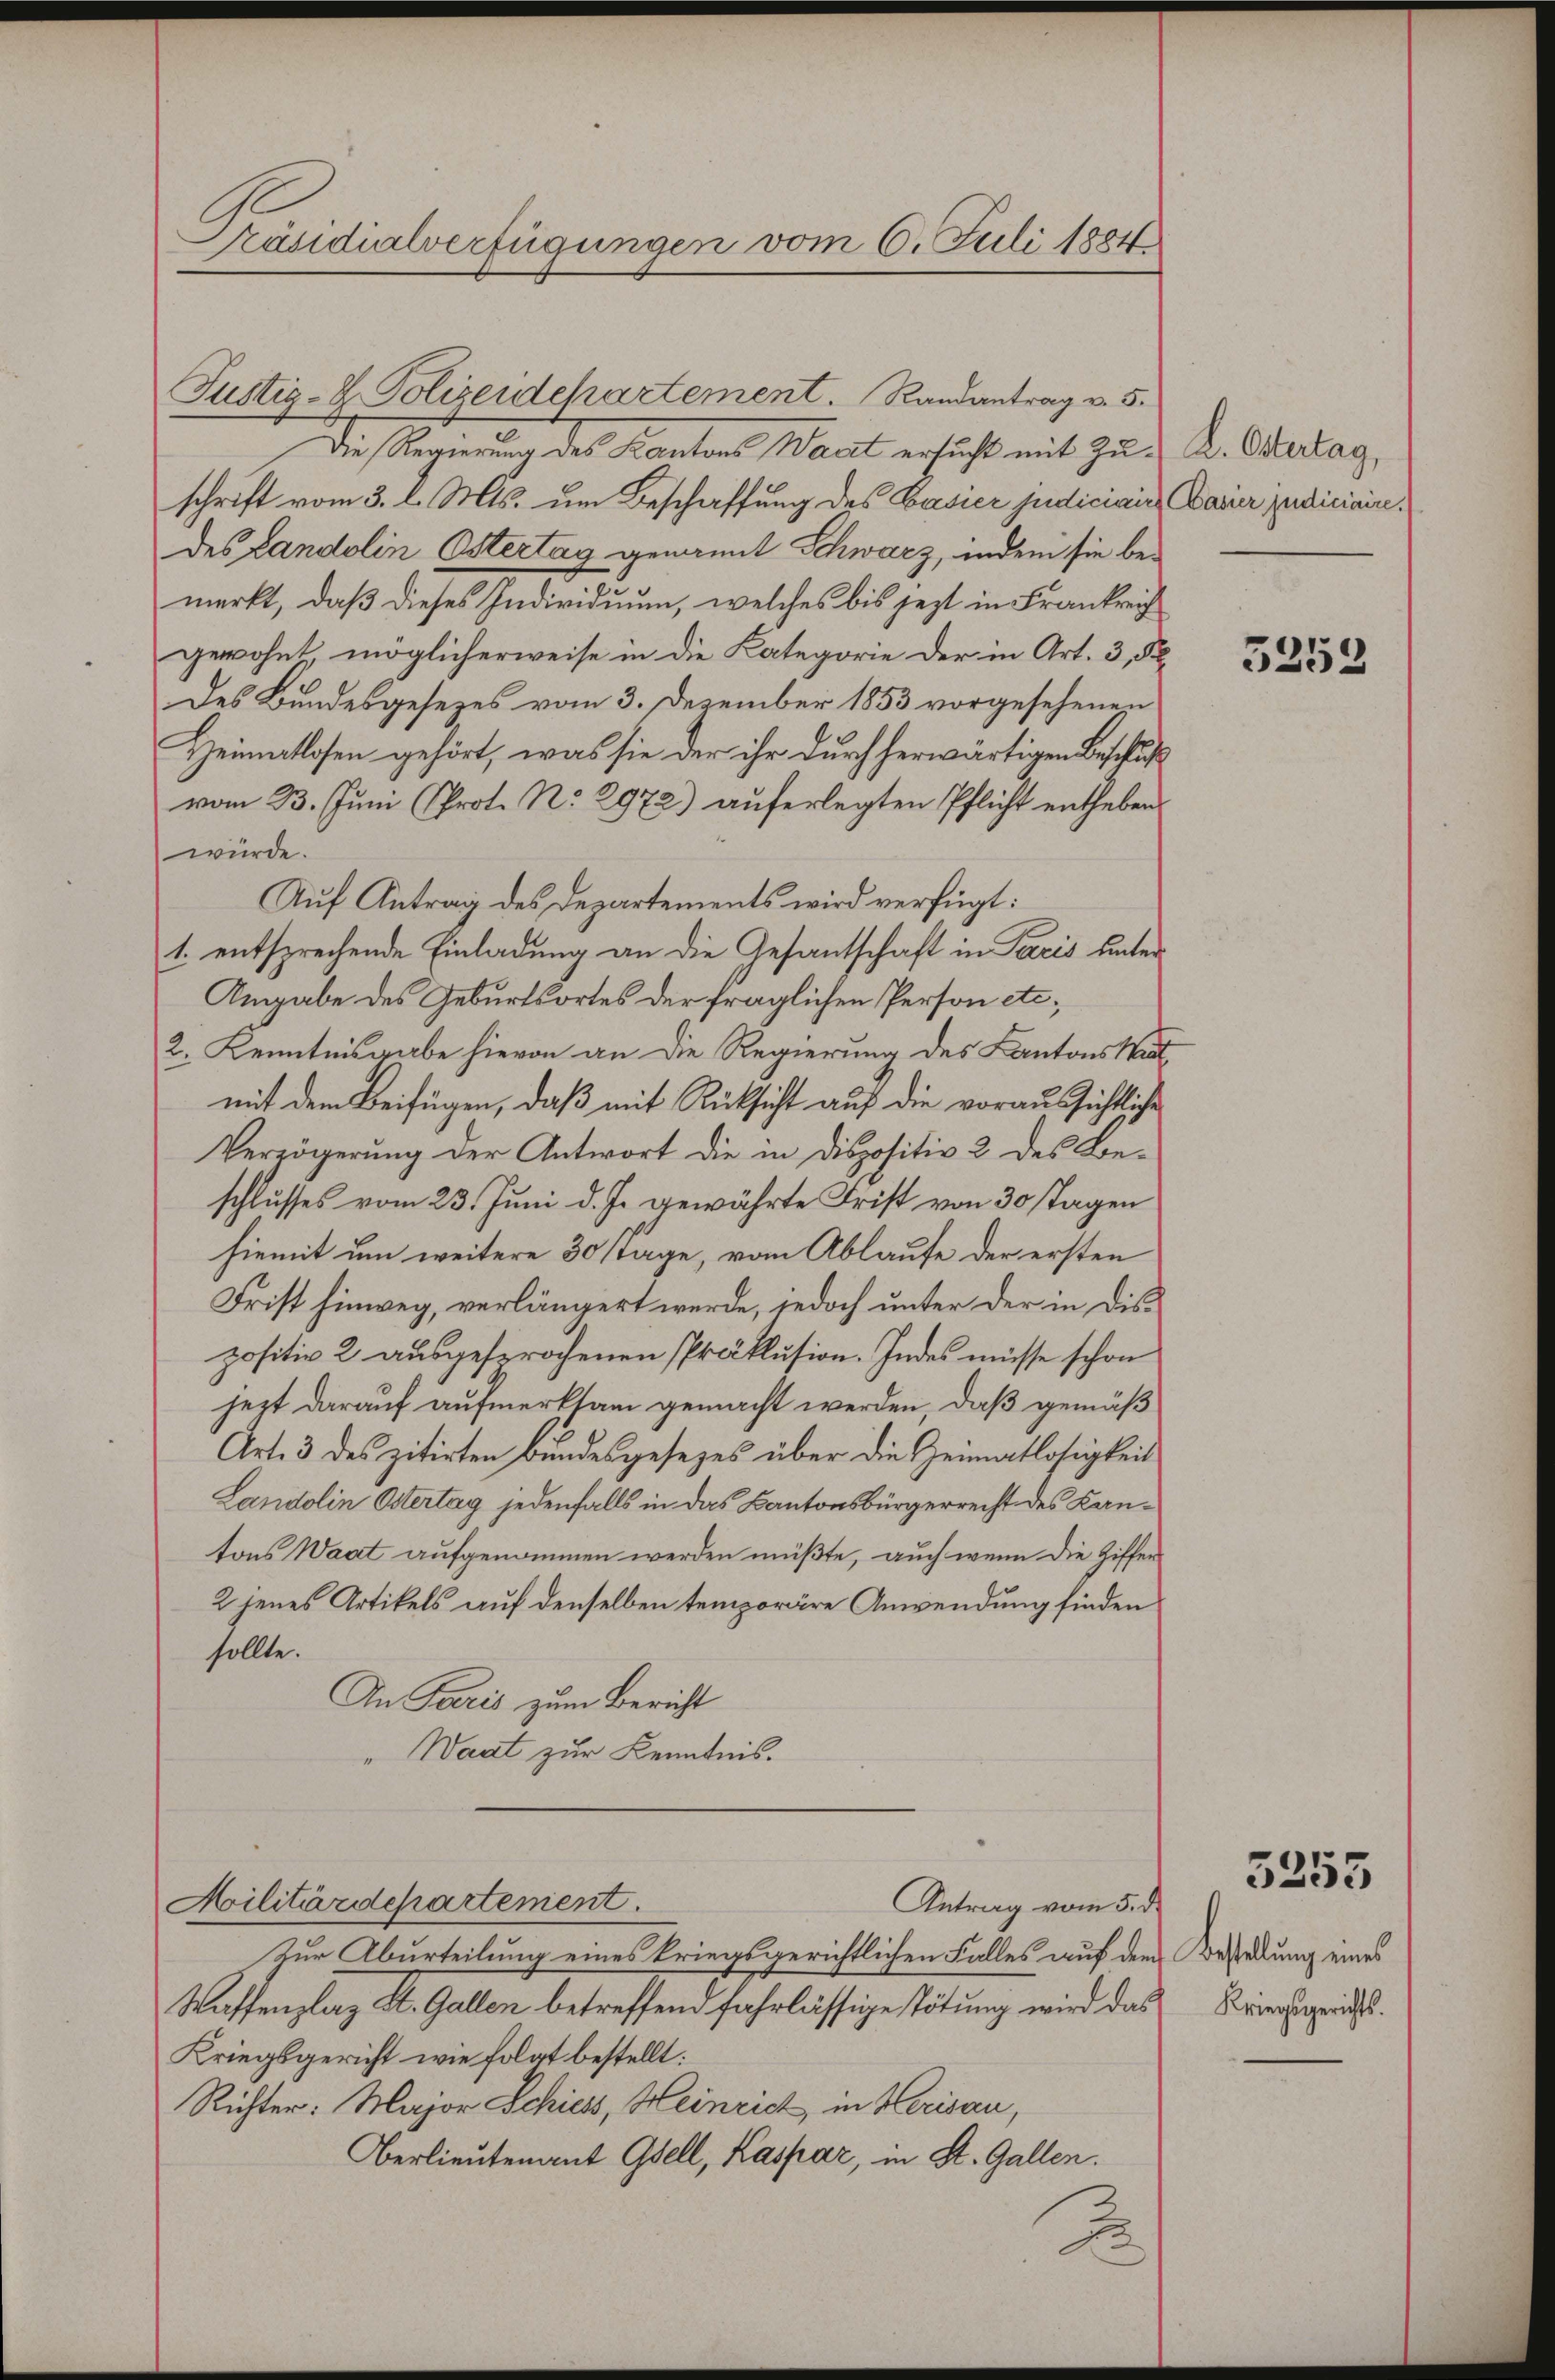
Präsidialverfügungen vom 6. Juli 1884

Justiz- & Polizeidepartement. Randantrag v. 5.
Die Regierung des Kantons Waat ersucht mit Zuschrift vom 3. l. Mts. um Beschaffung des Casier judiciair
des Landolin Östertag genannt Schwarz, indem sie bemerkt, daß dieses Individuum, welches bis jezt in Frankreich
gewohnt möglicherweise in die Kategorie der in Art. 3, §
des Bundesgesezes vom 3. Dezember 1853 vorgesehenen
Heimatlosen gehört, was sie der ihr durch herwärtigen Beschluß
vom 23. Juni Prot. N. 2972) auferlegten Pflicht entheben.
würde.
Auf Antrag des Departements wird verfügt:
1. entsprechende Einladung an die Gesantschaft in Paris unter
Angabe des Geburtsortes der fraglichen Person etc.
2. Kenntnisgabe hievon an die Regierung des Kantons Mitmit dem Beifügen, daß mit Rücksicht auf die voraussichtliche
Verzögerung der Antwort die in Dispositiv 2 des Beschlusses vom 23. Juni d. Js. gewährte Frist von 30 Tagen
hiemit um weitere 30 stage, vom Ablaufe der ersten
Frist hinweg, verlängert werde, jedoch unter der in Dispositiv 2 ausgesprochenen Präklusion. Indes müsse schon
jezt darauf aufmerksam gemacht werden, daß gemäß
Art. 3 des zitirten Bundesgesezes über die Heimatlosigkeit
Landolin Östertag jedenfalls in das Kantonsbürgerrecht des Kantons Waat aufgenommen werden müßte, auch wenn die Ziffer
2 jenes Artikels auf denselben temporäre Anwendung finden
sollte.
An Paris zum Bericht
"Waat zur Kenntnis.
Militärdepartement.
Antrag vom 5. d.
Zur Aburteilung eines kriegsgerichtlichen Falles auf dem
Waffenplaz St. Gallen betreffend fahrlässige Tötung wird das
Kriegsgericht wie folgt bestellt:
Richter: Major Schiess, Heinrich, in Herisau,
Berlieutenant Gsell, Kaspar, in St. Gallen.
A.

L. Ostertag,
Casier judiciaire.

5253

3255

Bestellung eines
Kriegsgerichts.